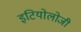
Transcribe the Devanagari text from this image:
इटियोलोजी